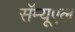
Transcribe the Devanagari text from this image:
सॅम्यूएल